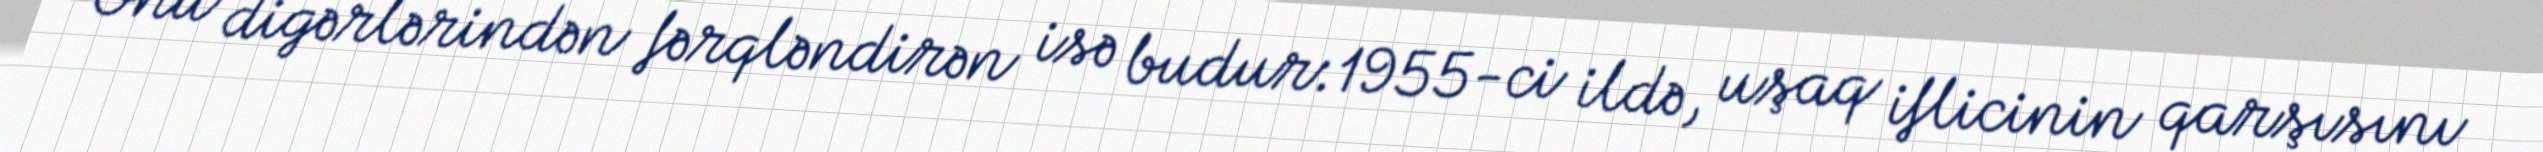
Onu digərlərindən fərqləndirən isə budur:1955-ci ildə, uşaq iflicinin qarşısını